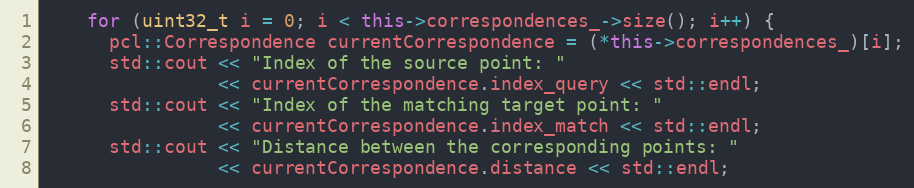
Language: C++
    for (uint32_t i = 0; i < this->correspondences_->size(); i++) {
      pcl::Correspondence currentCorrespondence = (*this->correspondences_)[i];
      std::cout << "Index of the source point: "
                << currentCorrespondence.index_query << std::endl;
      std::cout << "Index of the matching target point: "
                << currentCorrespondence.index_match << std::endl;
      std::cout << "Distance between the corresponding points: "
                << currentCorrespondence.distance << std::endl;